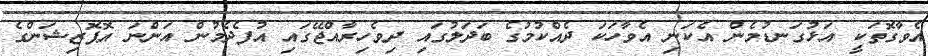
އެވާގޮތަކީ އަޅުގަނޑުމެން އެކަނި އެވާހަކަ ދެއްކުމުގެ ބަދަލުގައި ދިވެހިރާއްޖޭގައި އުފެދެމުން އަންނަ އޮޕޮޒިޝަންގެ